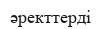
әректтерді